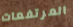
المرتفعات